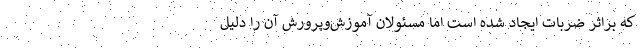
که براثر ضربات ایجاد شده است اما مسئولان آموزش‌وپرورش آن را دلیل